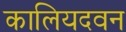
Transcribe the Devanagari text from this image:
कालियदवन